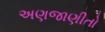
અણજાણીતો